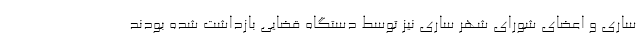
ساری و اعضای شورای شهر ساری نیز توسط دستگاه قضایی بازداشت شده بودند